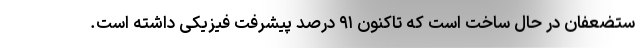
ستضعفان در حال ساخت است که تاکنون ۹۱ درصد پیشرفت فیزیکی داشته است.